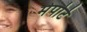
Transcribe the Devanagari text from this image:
मेपोर्ट